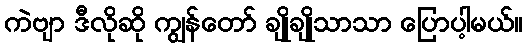
ကဲဗျာ ဒီလိုဆို ကျွန်တော် ချိုချိုသာသာ ပြောပါ့မယ်။